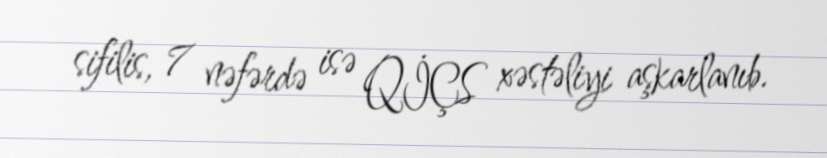
sifilis, 7 nəfərdə isə QİÇS xəstəliyi aşkarlanıb.